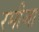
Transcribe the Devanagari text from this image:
रमीजा